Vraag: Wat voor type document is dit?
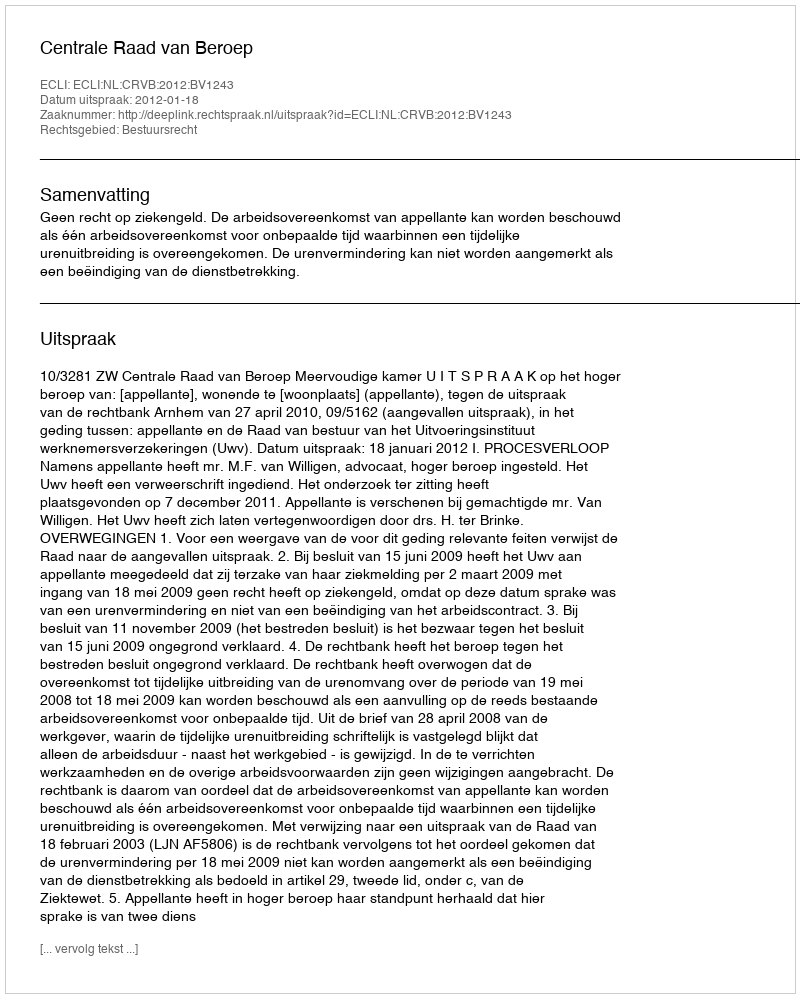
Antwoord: Uitspraak